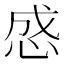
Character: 𰑜